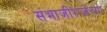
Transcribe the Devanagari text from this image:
संभाजीराजेंच्या